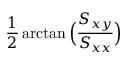
\frac 1 2 \arctan \Big ( \frac { S _ { x y } } { S _ { x x } } \Big )